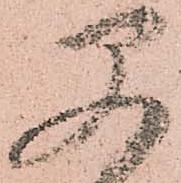
早